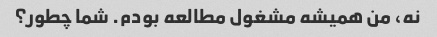
نه، من همیشه مشغول مطالعه بودم. شما چطور؟